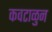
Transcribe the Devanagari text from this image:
कवटाळुन